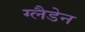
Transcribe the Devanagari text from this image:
ग्लैडेन